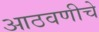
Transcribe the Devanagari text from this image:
आठवणीचे